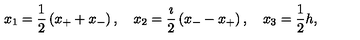
x _ { 1 } = \frac { 1 } { 2 } \left( x _ { + } + x _ { - } \right) , \quad x _ { 2 } = \frac { \imath } { 2 } \left( x _ { - } - x _ { + } \right) , \quad x _ { 3 } = \frac { 1 } { 2 } h ,